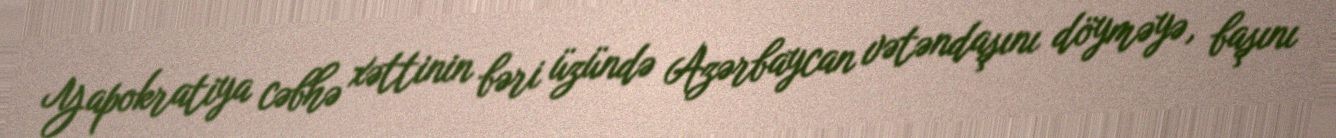
Yapokratiya cəbhə xəttinin bəri üzündə Azərbaycan vətəndaşını döyməyə, başını